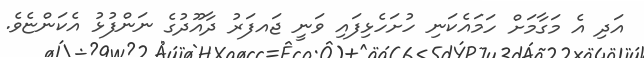
އަދި އެ މަގާމަށް ހަމައެކަނި ހުށަހެޅިފައި ވަނީ ޖައފަރު ދާއޫދުގެ ނަންފުޅު އެކަންޏެވެ.